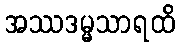
အဿဒမ္မသာရထိ